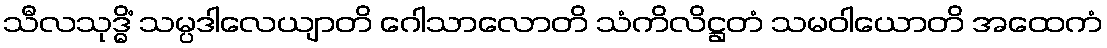
သီလသုဒ္ဓိံ သမ္ပဒါလေယျာတိ ဂေါသာလောတိ သံကိလိဋ္ဌတံ သမဝါယောတိ အထေကံ